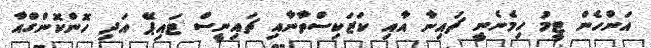
އަންހެން ޓީމު ހިމެނެނީ ޗައިނާ އާއި ކަޒަކިސްތާނާއި ޗައިނީސް ޓައިޕޭ އަދި ހޮންކޮންގްއާ